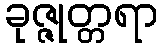
ခုဇ္ဇုတ္တရာ